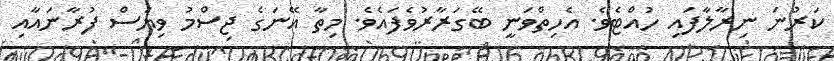
ކަރުނަ ނިރާލާފައި ހުއްޓެވެ. އެހިތްވަނީ ބޭގަރާރުވެފައެވެ. މިތާ އޭނަގެ ޖިސްމު ވިޔަސް ފުރާނައާއި